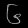
Digit: ၆